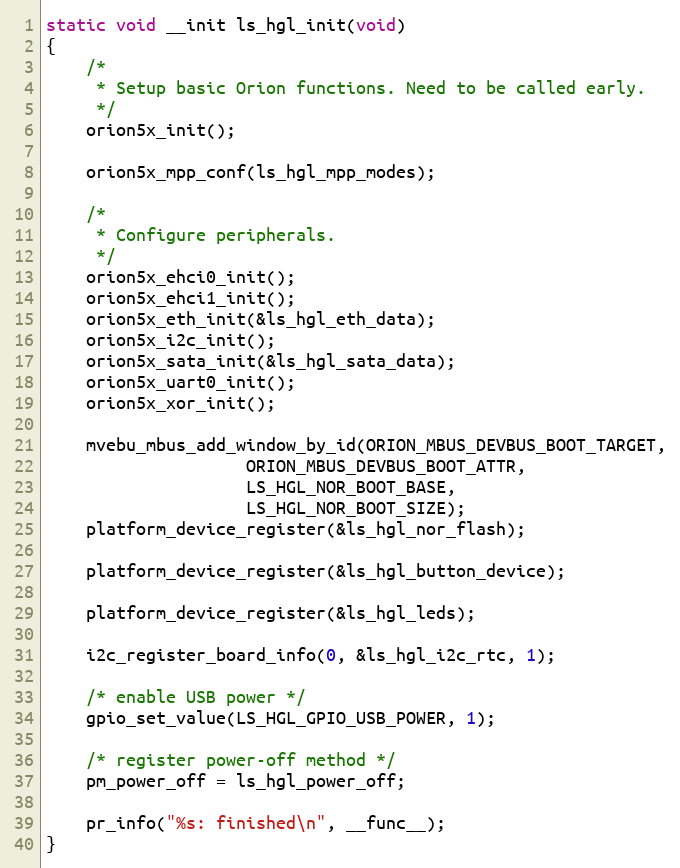
Language: C
static void __init ls_hgl_init(void)
{
	/*
	 * Setup basic Orion functions. Need to be called early.
	 */
	orion5x_init();

	orion5x_mpp_conf(ls_hgl_mpp_modes);

	/*
	 * Configure peripherals.
	 */
	orion5x_ehci0_init();
	orion5x_ehci1_init();
	orion5x_eth_init(&ls_hgl_eth_data);
	orion5x_i2c_init();
	orion5x_sata_init(&ls_hgl_sata_data);
	orion5x_uart0_init();
	orion5x_xor_init();

	mvebu_mbus_add_window_by_id(ORION_MBUS_DEVBUS_BOOT_TARGET,
				    ORION_MBUS_DEVBUS_BOOT_ATTR,
				    LS_HGL_NOR_BOOT_BASE,
				    LS_HGL_NOR_BOOT_SIZE);
	platform_device_register(&ls_hgl_nor_flash);

	platform_device_register(&ls_hgl_button_device);

	platform_device_register(&ls_hgl_leds);

	i2c_register_board_info(0, &ls_hgl_i2c_rtc, 1);

	/* enable USB power */
	gpio_set_value(LS_HGL_GPIO_USB_POWER, 1);

	/* register power-off method */
	pm_power_off = ls_hgl_power_off;

	pr_info("%s: finished\n", __func__);
}